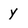
Character: y